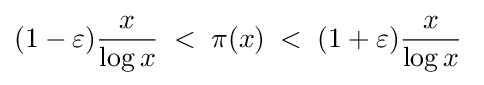
(1-\varepsilon ){\frac {x}{\log x}}\;<\;\pi (x)\;<\;(1+\varepsilon ){\frac {x}{\log x}}\;